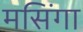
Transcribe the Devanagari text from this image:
मसिंगा